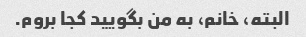
البته، خانم، به من بگویید کجا بروم.